Report on the cultivation and use of ganja
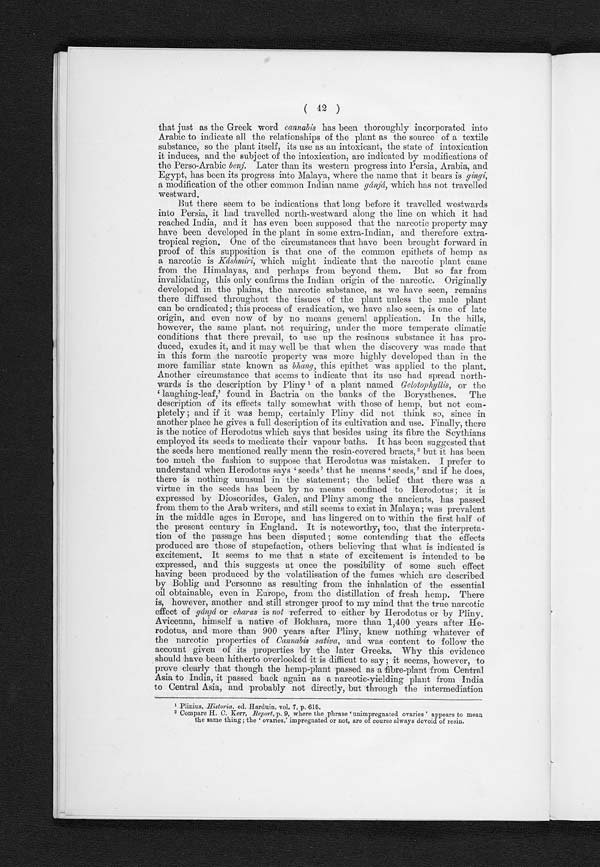
( 42 )
that just as the Greek word cannabis has been thoroughly incorporated into
Arabic to indicate all the relationships of the plant as the source of a textile
substance, so the plant itself, its use as an intoxicant, the state of intoxication
it induces, and the subject of the intoxication, are indicated by modifications of
the Perso-Arabic benj. Later than its western progress into Persia, Arabia, and
Egypt, has been its progress into Malaya, where the name that it bears is gingi,
a modification of the other common Indian name gánjá, which has not travelled
westward.
But there seem to be indications that long before it travelled westwards
into Persia, it had travelled north-westward along the line on which it had
reached India, and it has even been supposed that the narcotic property may
have been developed in the plant in some extra-Indian, and therefore extra-
tropical region. One of the circumstances that have been brought forward in
proof of this supposition is that one of the common epithets of hemp as
a narcotic is Káshmiri, which might indicate that the narcotic plant came
from the Himalayas, and perhaps from beyond them. But so far from
invalidating, this only confirms the Indian origin of the narcotic. Originally
developed in the plains, the narcotic substance, as we have seen, remains
there diffused throughout the tissues of the plant unless the male plant
can be eradicated ; this process of eradication, we have also seen, is one of late
origin, and even now of by no means general application. In the hills,
however, the same plant, not requiring, under the more temperate climatic
conditions that there prevail, to use up the resinous substance it has pro-
duced, exudes it, and it may well be that when the discovery was made that
in this form the narcotic property was more highly developed than in the
more familiar state known as bhang, this epithet was applied to the plant.
Another circumstance that seems to indicate that its use had spread north-
wards is the description by Pliny 1 of a plant named Gelotophyllis, or the
laughing-leaf,' found in Bactria on the banks of the Borysthenes. The
description of its effects tally somewhat with those of hemp, but not com-
pletely ; and if it was hemp, certainly Pliny did not think so, since in
another place he gives a full description of its cultivation and use. Finally, there
is the notice of Herodotus which says that besides using its fibre the Scythians
employed its seeds to medicate their vapour baths. It has been suggested that
the seeds here mentioned really mean the resin-covered bracts, 2 but it has been
too much the fashion to suppose that Herodotus was mistaken. I prefer to
understand when Herodotus says 'seeds' that he means 'seeds,' and if he does,
there is nothing unusual in the statement ; the belief that there was a
virtue in the seeds has been by no means confined to Herodotus ; it is
expressed by Dioscorides, Galen, and Pliny among the ancients, has passed
from them to the Arab writers, and still seems to exist in Malaya; was prevalent
in the middle ages in Europe, and has lingered on to within the first half of
the present century in England. It is noteworthy, too, that the interpreta-
tion of the passage has been disputed ; some contending that the effects
produced are those of stupefaction, others believing that what is indicated is
excitement. It seems to me that a state of excitement is intended to be
expressed, and this suggests at once the possibility of some such effect
having been produced by the volatilisation of the fumes which are described
by Bohlig and Personne as resulting from the inhalation of the essential
oil obtainable, even in Europe, from the distillation of fresh hemp. There
is, however, another and still stronger proof to my mind that the true narcotic
effect of gánjá or charas is not referred to either by Herodotus or by Pliny.
Avicenna, himself a native of Bokhara, more than 1,400 years after He-
rodotus, and more than 900 years after Pliny, knew nothing whatever of
the narcotic properties of Cannabis sativa, and was content to follow the
account given of its properties by the later Greeks. Why this evidence
should have been hitherto overlooked it is difficut to say ; it seems, however, to
prove clearly that though the hemp-plant passed as a fibre-plant from Central
Asia to India, it passed back again as a narcotic-yielding plant from India
to Central Asia, and probably not directly, but through the intermediation
1 Plinius, Historia, ed. Harduin, vol. 7, p. 616.
2 Compare H. C. Kerr, Report, p. 9, where the phrase 'unimpregnated ovaries ' appears to mean
the same thing ; the ' ovaries,' impregnated or not, are of course always devoid of resin.